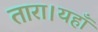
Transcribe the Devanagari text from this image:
तारा।यहाँ